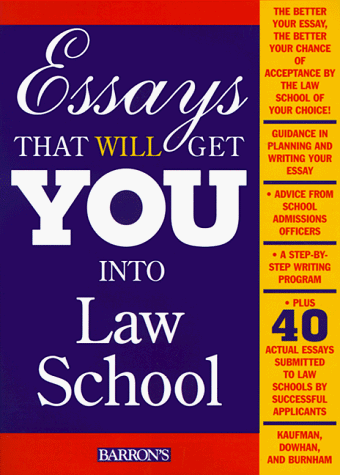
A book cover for Essays That Will Get You into Law School; Daniel Kaufman; Test Preparation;